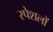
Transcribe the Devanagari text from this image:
स्पेशलों